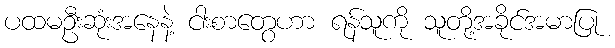
ပထမဦးဆုံးအနေနဲ့ ငါးစာတွေဟာ ရန်သူကို သူတို့အခိုင်အမာပြု